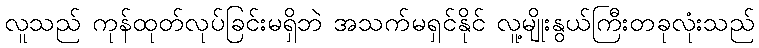
လူသည် ကုန်ထုတ်လုပ်ခြင်းမရှိဘဲ အသက်မရှင်နိုင် လူ့မျိုးနွယ်ကြီးတခုလုံးသည်